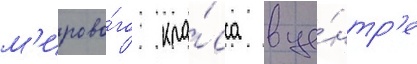
м'ирово́го кла́сса в це́нтр'е